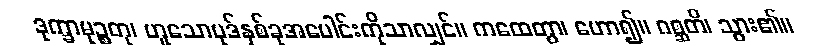
ဒုက္ခာမုဉ္စတု၊ ဟူသောပုဒ်နှစ်ခုအပေါင်းကိုသာလျှင်။ ကထေတွာ၊ ဟော၍။ ဂစ္ဆတိ၊ သွား၏။